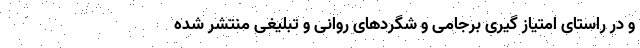
و در راستای امتیاز گیری برجامی و شگردهای روانی و تبلیغی منتشر شده